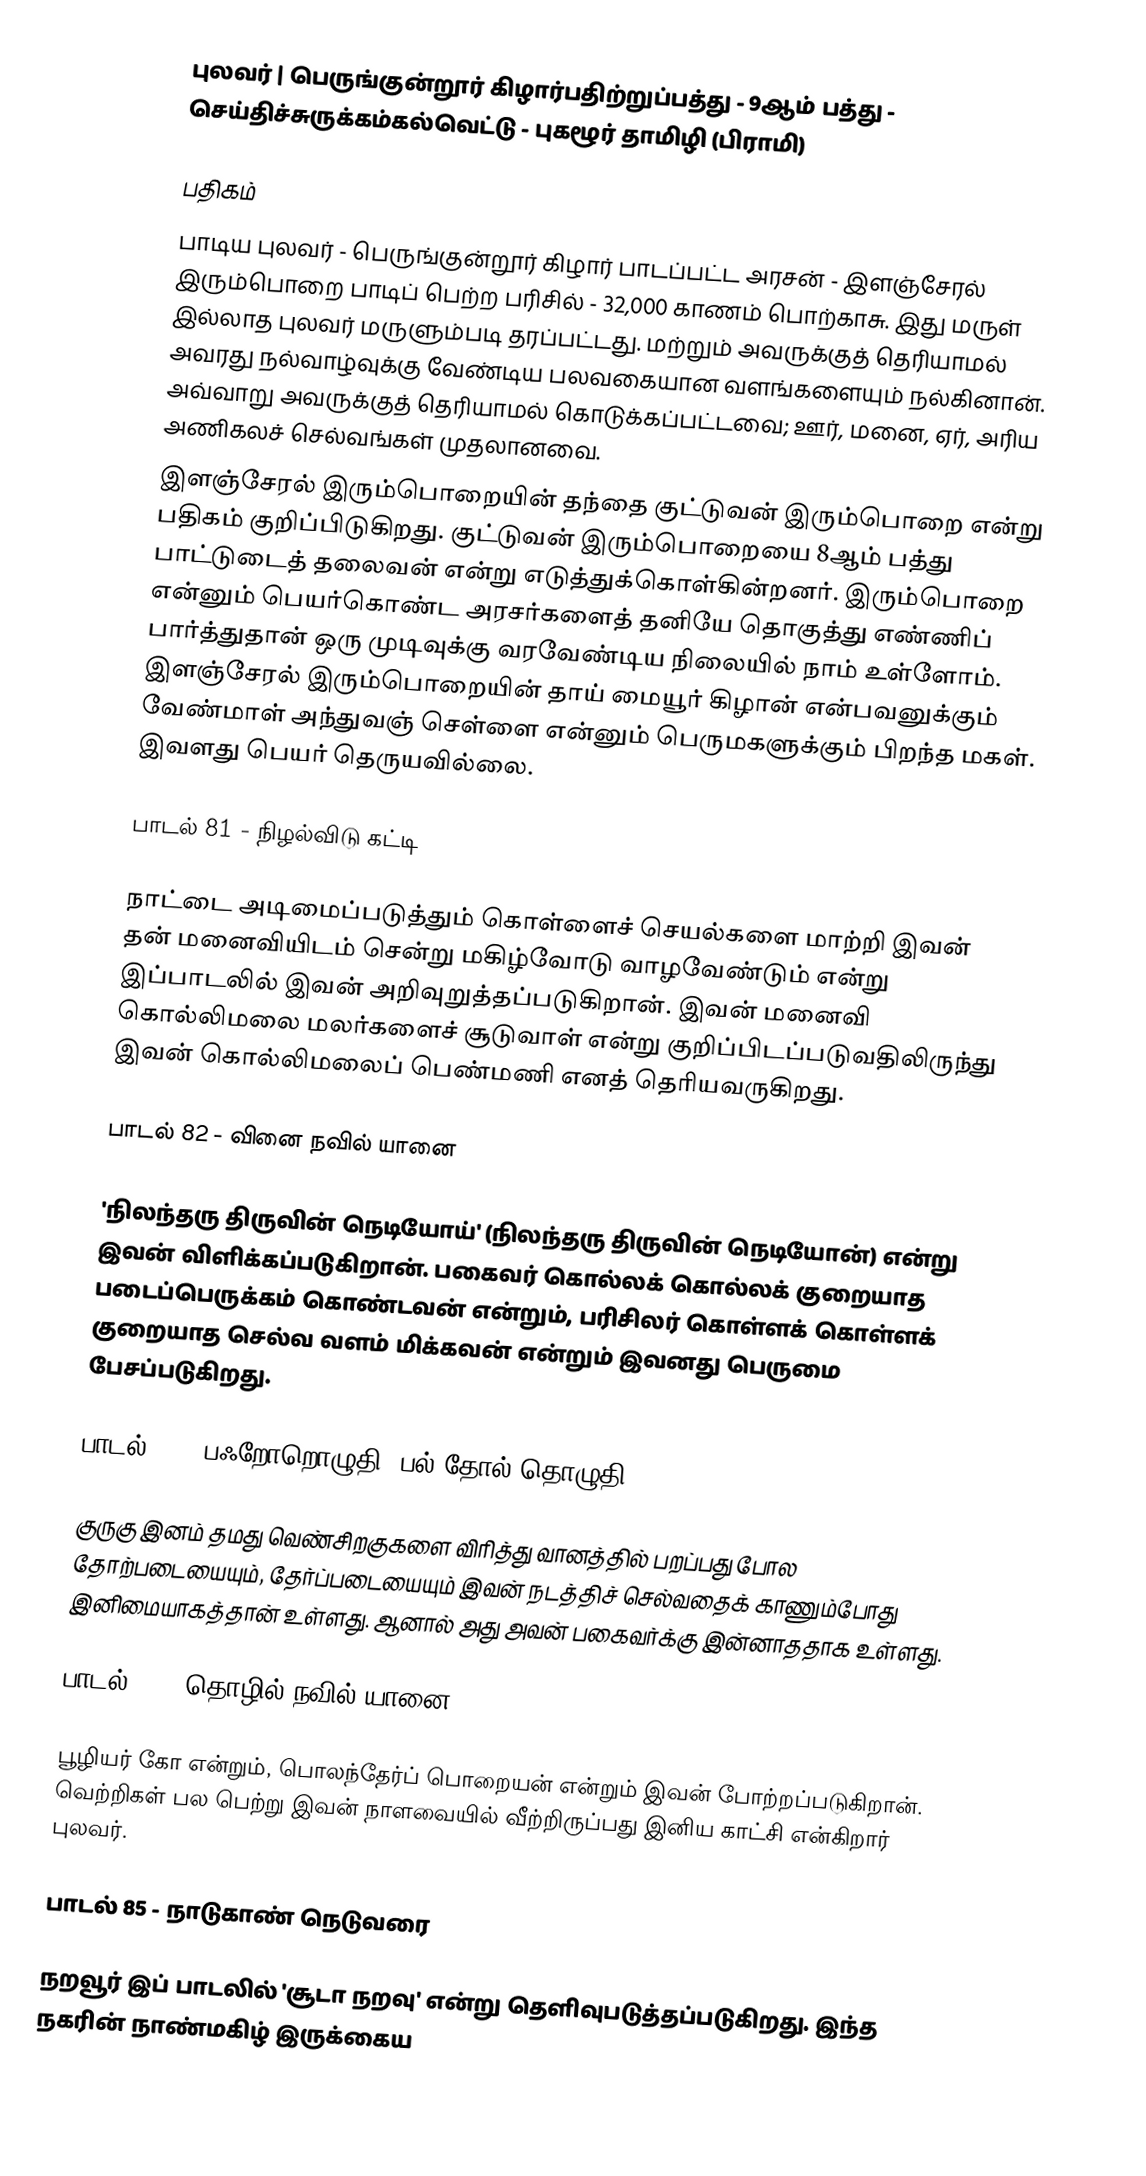
புலவர் | பெருங்குன்றூர் கிழார்பதிற்றுப்பத்து - 9ஆம் பத்து - செய்திச்சுருக்கம்கல்வெட்டு - புகழூர் தாமிழி (பிராமி)

பதிகம்
பாடிய புலவர் - பெருங்குன்றூர் கிழார்  பாடப்பட்ட அரசன் - இளஞ்சேரல் இரும்பொறை  பாடிப் பெற்ற பரிசில் - 32,000 காணம் பொற்காசு. இது மருள் இல்லாத புலவர் மருளும்படி தரப்பட்டது. மற்றும் அவருக்குத் தெரியாமல் அவரது நல்வாழ்வுக்கு வேண்டிய பலவகையான வளங்களையும் நல்கினான். அவ்வாறு அவருக்குத் தெரியாமல் கொடுக்கப்பட்டவை; ஊர், மனை, ஏர், அரிய அணிகலச் செல்வங்கள் முதலானவை.
இளஞ்சேரல் இரும்பொறையின் தந்தை குட்டுவன் இரும்பொறை என்று பதிகம் குறிப்பிடுகிறது. குட்டுவன் இரும்பொறையை 8ஆம் பத்து பாட்டுடைத் தலைவன் என்று எடுத்துக்கொள்கின்றனர். இரும்பொறை என்னும் பெயர்கொண்ட அரசர்களைத் தனியே தொகுத்து எண்ணிப் பார்த்துதான் ஒரு முடிவுக்கு வரவேண்டிய நிலையில் நாம் உள்ளோம். இளஞ்சேரல் இரும்பொறையின் தாய் மையூர் கிழான் என்பவனுக்கும் வேண்மாள் அந்துவஞ் செள்ளை என்னும் பெருமகளுக்கும் பிறந்த மகள். இவளது பெயர் தெருயவில்லை.

பாடல் 81 - நிழல்விடு கட்டி

நாட்டை அடிமைப்படுத்தும் கொள்ளைச் செயல்களை மாற்றி இவன் தன் மனைவியிடம் சென்று மகிழ்வோடு வாழவேண்டும் என்று இப்பாடலில் இவன் அறிவுறுத்தப்படுகிறான். இவன் மனைவி கொல்லிமலை மலர்களைச் சூடுவாள் என்று குறிப்பிடப்படுவதிலிருந்து இவன் கொல்லிமலைப் பெண்மணி எனத் தெரியவருகிறது.

பாடல் 82 - வினை நவில் யானை

'நிலந்தரு திருவின் நெடியோய்' (நிலந்தரு திருவின் நெடியோன்) என்று இவன் விளிக்கப்படுகிறான். பகைவர் கொல்லக் கொல்லக் குறையாத படைப்பெருக்கம் கொண்டவன் என்றும், பரிசிலர் கொள்ளக் கொள்ளக் குறையாத செல்வ வளம் மிக்கவன் என்றும் இவனது பெருமை பேசப்படுகிறது.

பாடல் 83 - பஃறோறொழுதி (பல் தோல் தொழுதி)

குருகு இனம் தமது வெண்சிறகுகளை விரித்து வானத்தில் பறப்பது போல தோற்படையையும், தேர்ப்படையையும் இவன் நடத்திச் செல்வதைக் காணும்போது இனிமையாகத்தான் உள்ளது. ஆனால் அது அவன் பகைவர்க்கு இன்னாததாக உள்ளது.

பாடல் 84 - தொழில் நவில் யானை

பூழியர் கோ என்றும், பொலந்தேர்ப் பொறையன் என்றும் இவன் போற்றப்படுகிறான். வெற்றிகள் பல பெற்று இவன் நாளவையில் வீற்றிருப்பது இனிய காட்சி என்கிறார் புலவர்.

பாடல் 85 - நாடுகாண் நெடுவரை

நறவூர் இப் பாடலில் 'சூடா நறவு' என்று தெளிவுபடுத்தப்படுகிறது. இந்த நகரின் நாண்மகிழ் இருக்கைய